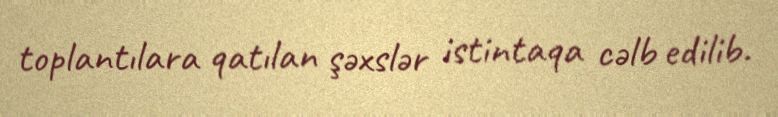
toplantılara qatılan şəxslər istintaqa cəlb edilib.